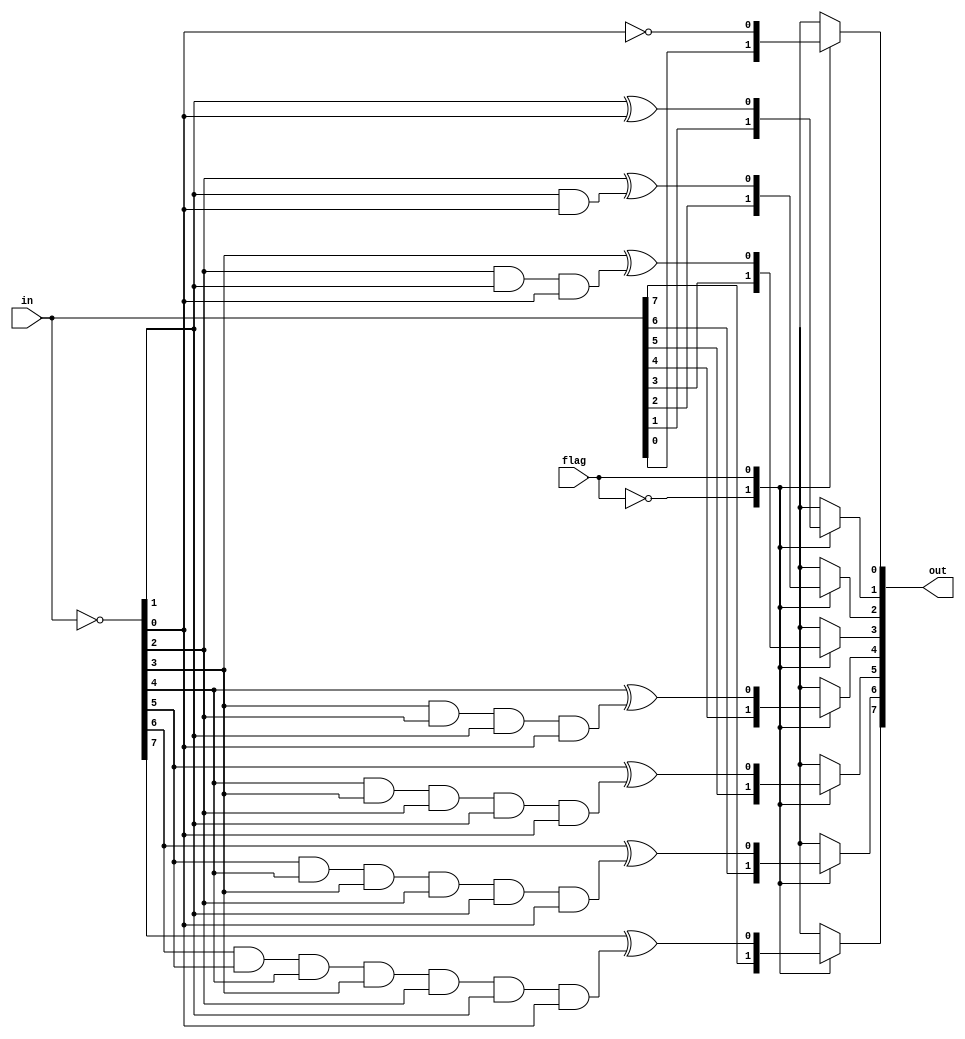
module converter( input wire flag, input wire signed [7:0] in ,output reg signed [7:0] out);

	wire signed [7:0]  x;

assign x =~in;

always @(flag) begin
		case(flag)

			1'b0:
				begin
				
					out <= in;
		
				end

			1'b1:
				begin
				
					 out[0] = ~x[0];
					 out[1] = x[1]^x[0];
					 out[2] = x[2]^(x[1]&x[0]);
					 out[3] = x[3]^(x[2]&x[1]&x[0]);
					 out[4] = x[4]^(x[3]&x[2]&x[1]&x[0]);
					 out[5] = x[5]^(x[4]&x[3]&x[2]&x[1]&x[0]);
					 out[6] = x[6]^(x[5]&x[4]&x[3]&x[2]&x[1]&x[0]);
					 out[7] = x[7]^(x[6]&x[5]&x[4]&x[3]&x[2]&x[1]&x[0]);
		
				end
		endcase

	end

endmodule